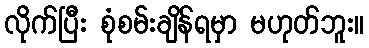
လိုက်ပြီး စုံစမ်းချိန်ရမှာ မဟုတ်ဘူး။